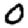
Digit: 0